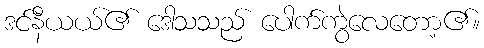
ဒင်နီယယ်၏ ဒေါသသည် ပေါက်ကွဲလေတော့၏။